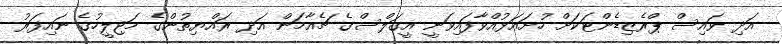
އަދި ވައިސް ޕްރެޒިޑެންޓަކަށް ހުށައަޅުއްވާފައިވަނީ އީގަލްސްގެ ޗެއާމަން އަދި ރައްޔިތުންގެ މަޖިލީހުގެ ނައިފަރު